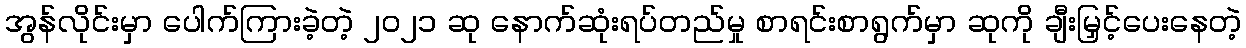
အွန်လိုင်းမှာ ပေါက်ကြားခဲ့တဲ့ ၂၀၂၁ ဆု နောက်ဆုံးရပ်တည်မှု စာရင်းစာရွက်မှာ ဆုကို ချီးမြှင့်ပေးနေတဲ့